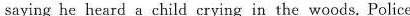
saying he heara a child crying in the woods.Police